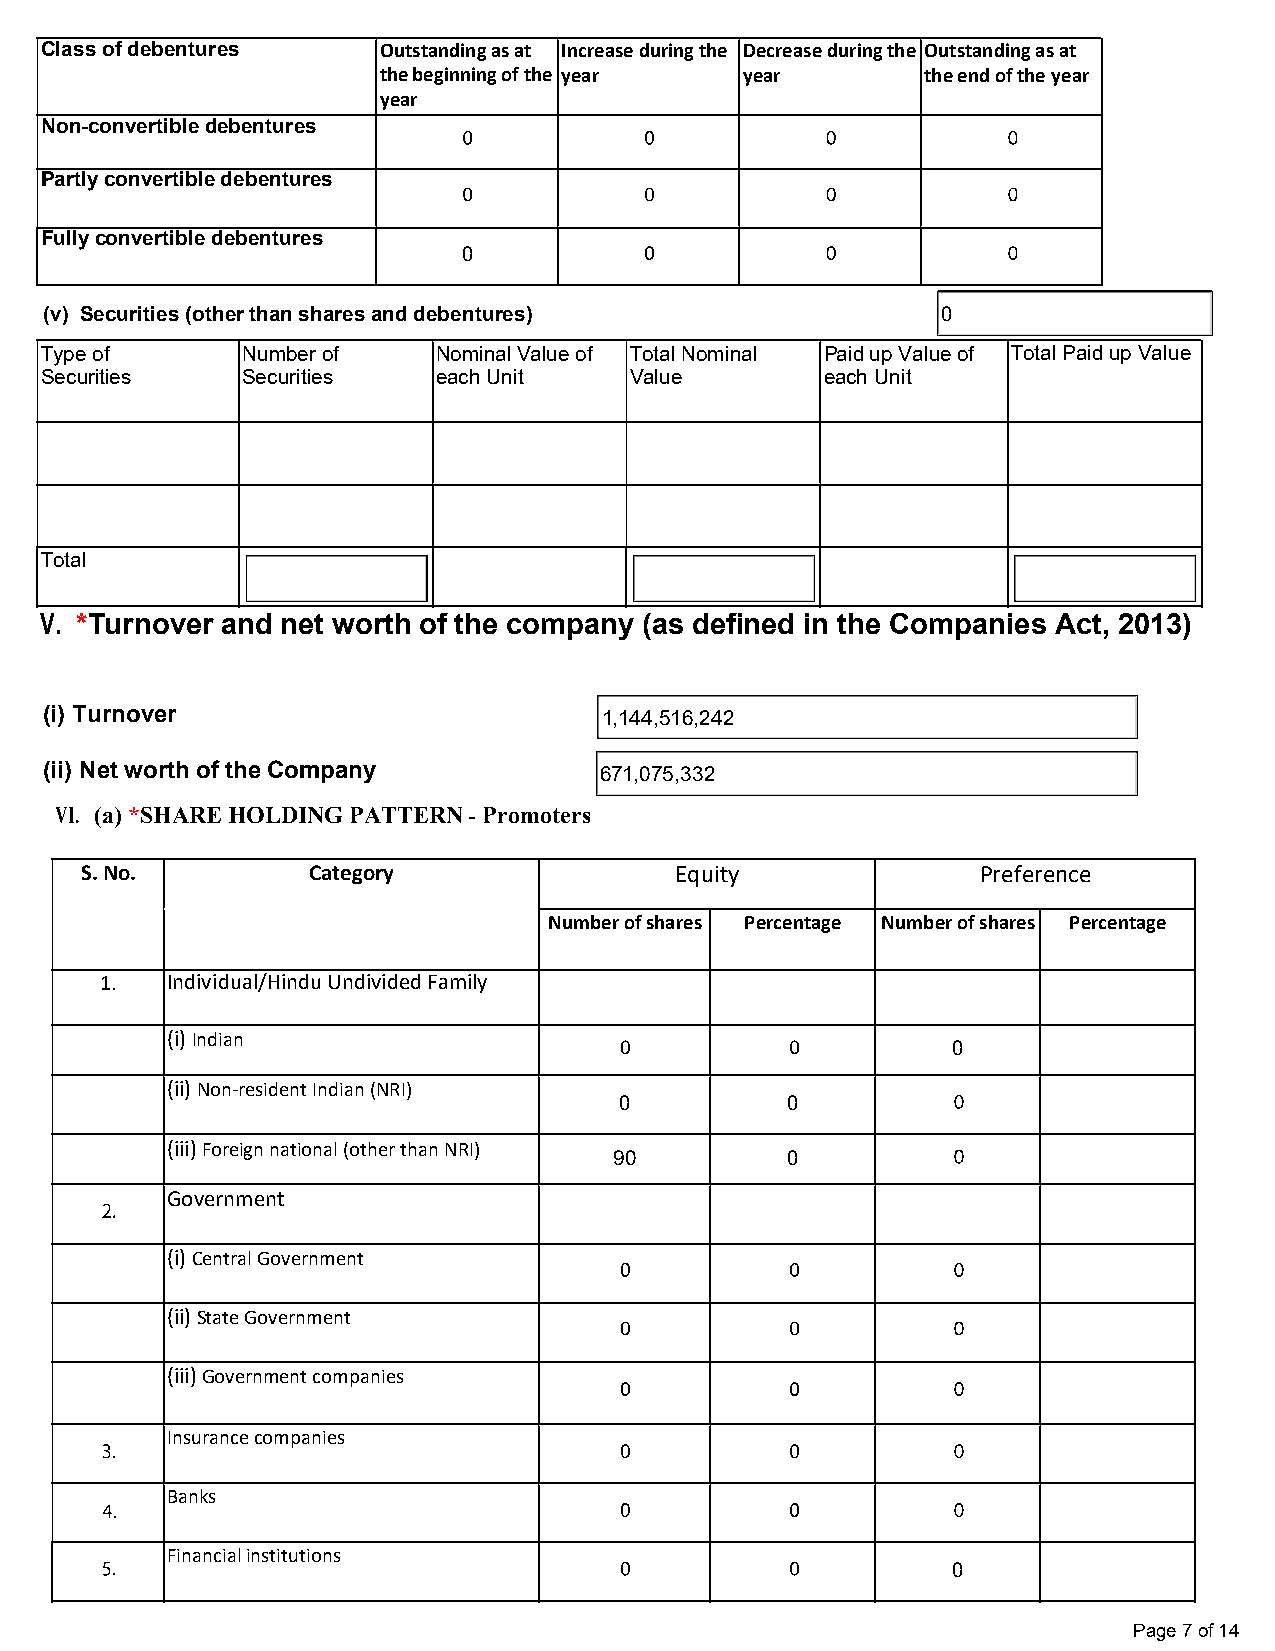
Class of debentures   Outstanding as at Increase during the Decrease during the Outstanding as at
 the beginning of the year year      the end of the year
 year
 Non-convertible debentures
 Partly convertible debentures
 Fully convertible debentures
 0
 (v) Securities (other than shares and debentures)          0
 Type of      Number of    Nominal Value of Total Nominal Paid up Value of Total Paid up Value
 Securities   Securities   each Unit    Value        each Unit
 Total
 V. *Turnover and net worth of the company (as defined in the Companies Act, 2013)
 (i) Turnover                         1,144,516,242
 (ii) Net worth of the Company        671,075,332
 VI. (a) *SHARE HOLDING PATTERN - Promoters
 S. No.         Category                 Equity              Preference
 Number of shares Percentage Number of shares Percentage
 1.  Individual/Hindu Undivided Family
 (i) Indian
 0
 (ii) Non-resident Indian (NRI)
 0          0
 (iii) Foreign national (other than NRI)
 90         0
 Government
 (i) Central Government
 (ii) State Government
 (iii) Government companies
 Insurance companies
 Banks
 Financial institutions
 0
 Page 7 of 14